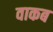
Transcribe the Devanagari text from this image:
वाकब